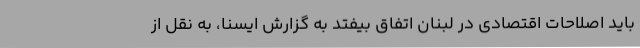
باید اصلاحات اقتصادی در لبنان اتفاق بیفتد به گزارش ایسنا، به نقل از